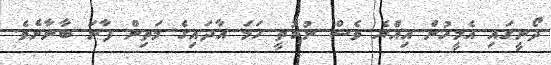
ދޯނީގައި އެމީހުން އިއްޔެ ވެސް ނުކުތީ ހަމަ އާދައިގެ މަތިން ފާނަ ބާނާށެވެ.